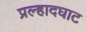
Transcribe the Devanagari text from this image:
प्रल्हादघाट